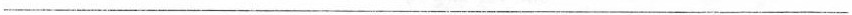
___